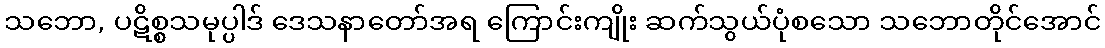
သဘော, ပဋိစ္စသမုပ္ပါဒ် ဒေသနာတော်အရ ကြောင်းကျိုး ဆက်သွယ်ပုံစသော သဘောတိုင်အောင်